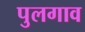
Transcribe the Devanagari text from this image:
पुलगाव